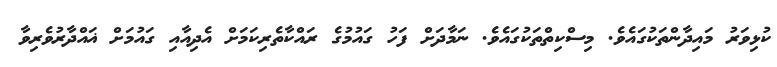
ކުޅިވަރު މައިދާންތަކުގައެވެ. މިސްކިތްތަކުގައެވެ. ނަމާދަށް ފަހު ގައުމުގެ ރައްކާތެރިކަމަށް އެދިއާއި ގައުމަށް ޣައްދާރުވެރިވާ